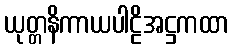
ယုတ္တနိကာယပါဠိအဋ္ဌကထာ